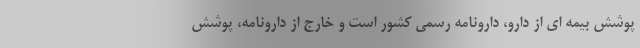
پوشش بیمه ای از دارو، دارونامه رسمی کشور است و خارج از دارونامه، پوشش